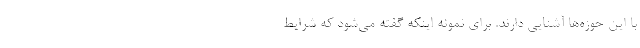
با این حوزه‌ها آشنایی دارند. برای نمونه اینکه گفته می‌شود که شرایط